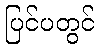
ပြင်ပတွင်